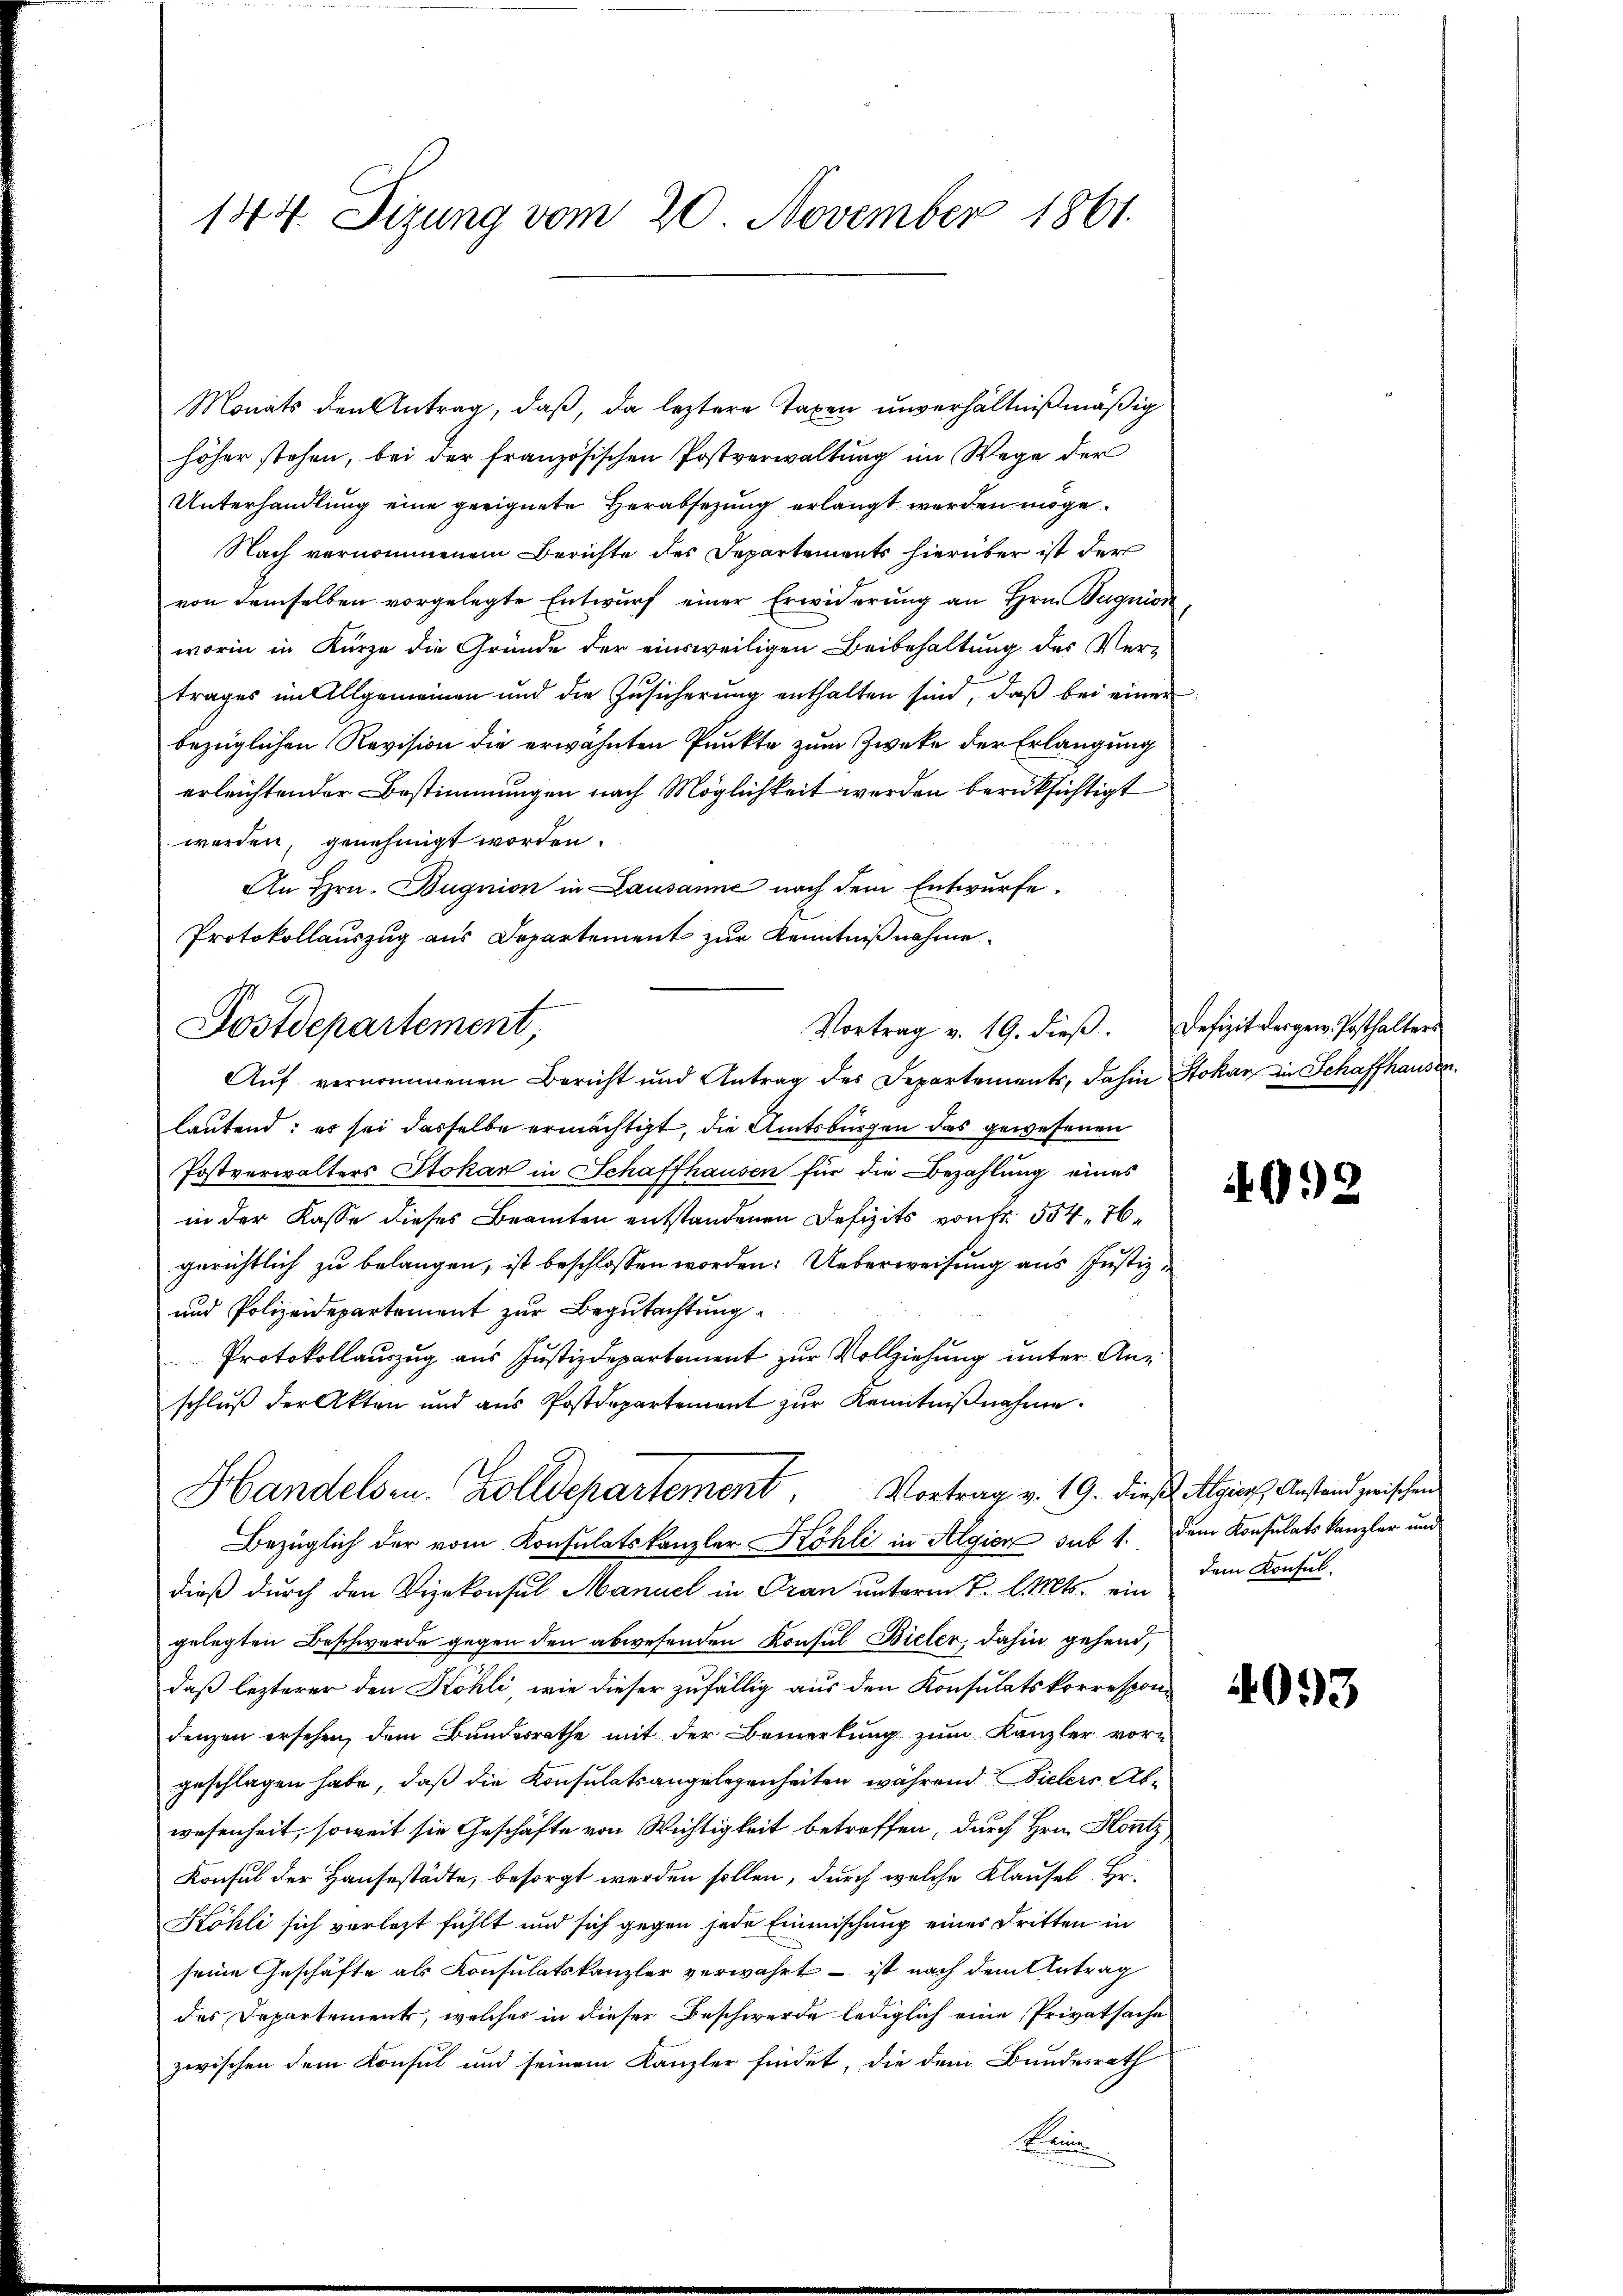
144. Sizung vom 20. November 1861.

Monats den Antrag, daß, da leztere Taxen unverhältnißmäßig
höher stehen, bei der französischen Postverwaltŭng im Wege der
Unterhandlung eine geeignete Herabsetzung erlangt werden möge.
Nach vernommenem Berichte des Departements hierüber ist der
von demselben vorgelegte Entwurf einer Erwiderung an Hrn. Bagnion,
worin in Kürze die Gründe der einsweiligen Beibehaltung des Vertrages im Allgemeinen und die Zusicherung enthalten sind, daß bei einer
bezüglichen Revision die erwähnten Punkte zum Zwecke der Erlangung
erleichtender Bestimmungen nach Möglichkeit werden berüksichtigt
werden, genehmigt worden.
An Hrn. Bugnion in Lausanne nach dem Entwurfe.
Protokollauszug aus Departement zur Kenntnißnahme.
Auf vernommenen Bericht und Antrag des Departements, dahin Stokar in Schaffhausen.
lautend: es sei dasselbe ermächtigt, die Amtsbürgen des gewesenen
Postverwalters Stokar in Schaffhausen für die Bezahlung eines
in der Kasse dieses Beamten entstandenen Defizits von Fr. 554, 76
gerichtlich zu belangen, ist beschlossen worden. Ueberweisung aus Justiz¬
und Polizeidepartement zur Begutachtung.
Protokollauszug aus Justizdepartement zur Vollziehung unter An-
schlŭβ der Akten und aŭs Postdepartement zŭr Kenntniβnahme.
Handelsr. Zolldepartement. Vortrag v. 19. dieß Algien Anstand zwischen
Bezüglich der vom Konsulatskanzler Köhli in Algien sub 1. Dem Konsulatskanzler und
dieß durch den Vizekonsul Manuel in Gran unterm 7. l. Mts. ein
gelegten Beschwerde gegen den abwesenden Konsul Bieler, dahin gehend,
daß lezterer den Köhli, wie dieser zufällig aus den Konsulatskorrespon
denzen ersehen, dem Bundesrathe mit der Bemerkung zum Kanzler vorgeschlagen habe, daß die Konsulatsangelegenheiten während Bielers Abwesenheit, soweit sie Geschäfte von Wichtigkeit betreffen, durch Hrn. Hontz
Konsul der Hausestädte, besorgt werden sollen, durch welche Klausel. Hr.
Köhli sich verletzt fühlt und sich gegen jede Einmischung eines Dritten in
 seine Geschäfte als Konsulatskanzler verwahrt – ist nach dem Antrag
des Departement, welches in dieser Beschwerde lediglich eine Privatsache
zwischen dem Konsul und seinem Kanzler findet, die dem Bundesrath
Keine

Postdepartement,

Vortrag v. 19. dieβ. Defizit vergew. Posthalter

d

4092

dem Konsul

4093